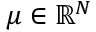
\boldsymbol { \mu } \in { \mathbb R } ^ { N }